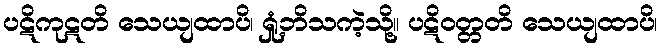
ပဋိကုဋတိ သေယျထာပိ၊ ရှုံ့ဘိသကဲ့သို့။ ပဋိဝတ္တတိ သေယျထာပိ၊